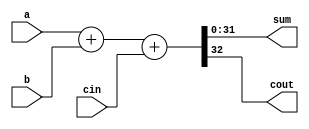
module fa32_ref(a, b, cin, sum, cout);
   
   input [31:0] a,b;
   input cin;
   output [31:0] sum;
   output cout;

   assign {cout, sum} = a + b + cin;

endmodule